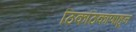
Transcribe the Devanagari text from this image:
ठिकठिकाणाहून